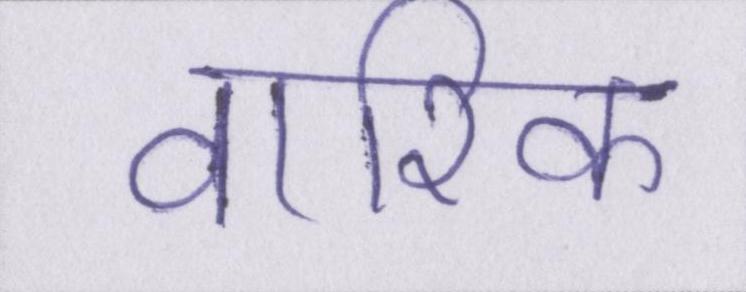
वारिक